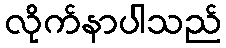
လိုက်နာပါသည်